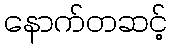
နောက်တဆင့်